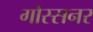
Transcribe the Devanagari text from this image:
गोस्सनर